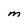
Character: m